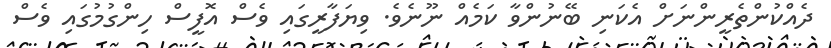
ދެއްކުންތެރީންނަށް އެކަނި ބޭނުންވާ ކަމެއް ނޫނެވެ. ވިޔަފާރީގައި ވެސް އޮފީސް ހިންގުމުގައި ވެސް